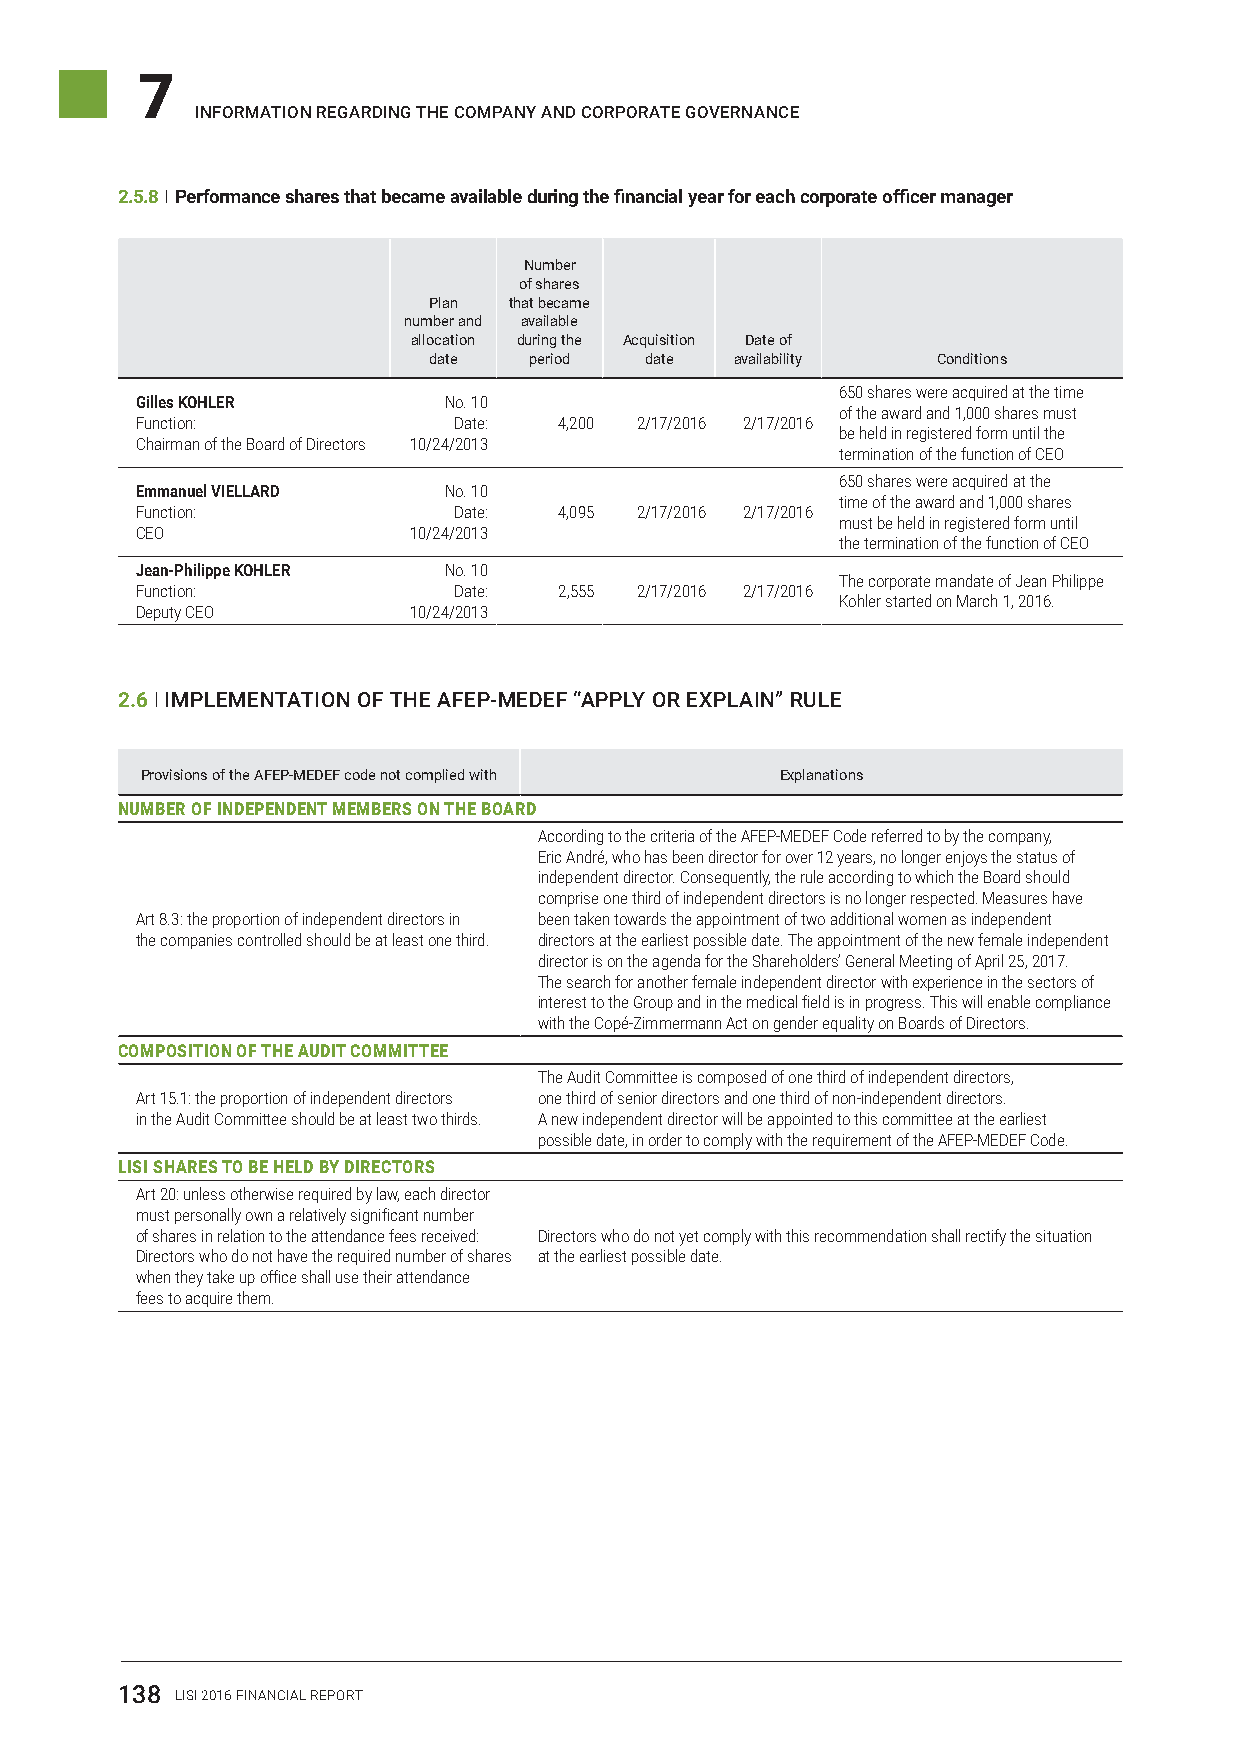
7
 InformatIon regardIng the company and corporate governance
 2.5.8 I Performance shares that became available during the financial year for each corporate officer manager
 Number
 of shares
 Plan  that became
 number and available
 allocation during the Acquisition Date of
 date   period  date  availability Conditions
 650 shares were acquired at the time
 Gilles KOHLER       No. 10
 of the award and 1,000 shares must
 Function:            Date:  4,200 2/17/2016 2/17/2016
 be held in registered form until the
 Chairman of the Board of Directors 10/24/2013
 termination of the function of CEO
 650 shares were acquired at the
 Emmanuel VIELLARD   No. 10
 time of the award and 1,000 shares
 Function:            Date:  4,095 2/17/2016 2/17/2016
 must be held in registered form until
 CEO               10/24/2013
 the termination of the function of CEO
 Jean-Philippe KOHLER No. 10
 The corporate mandate of Jean Philippe
 Function:            Date:  2,555 2/17/2016 2/17/2016
 Kohler started on March 1, 2016.
 Deputy CEO        10/24/2013
 2.6 I ImpLementatIon of the afep-medef “appLy or eXpLaIn” rULe
 Provisions of the AFEP-MEDEF code not complied with Explanations
 NUMBER OF INDEPENDENT MEMBERS ON THE BOARD
 According to the criteria of the AFEP-MEDEF Code referred to by the company,
 Eric André, who has been director for over 12 years, no longer enjoys the status of
 independent director. Consequently, the rule according to which the Board should
 comprise one third of independent directors is no longer respected. Measures have
 Art 8.3: the proportion of independent directors in been taken towards the appointment of two additional women as independent
 the companies controlled should be at least one third. directors at the earliest possible date. The appointment of the new female independent
 director is on the agenda for the Shareholders’ General Meeting of April 25, 2017.
 The search for another female independent director with experience in the sectors of
 interest to the Group and in the medical field is in progress. This will enable compliance
 with the Copé-Zimmermann Act on gender equality on Boards of Directors.
 COMPOSITION OF THE AUDIT COMMITTEE
 The Audit Committee is composed of one third of independent directors,
 Art 15.1: the proportion of independent directors one third of senior directors and one third of non-independent directors.
 in the Audit Committee should be at least two thirds. A new independent director will be appointed to this committee at the earliest
 possible date, in order to comply with the requirement of the AFEP-MEDEF Code.
 LISI SHARES TO BE HELD BY DIRECTORS
 Art 20: unless otherwise required by law, each director
 must personally own a relatively significant number
 of shares in relation to the attendance fees received: Directors who do not yet comply with this recommendation shall rectify the situation
 Directors who do not have the required number of shares at the earliest possible date.
 when they take up office shall use their attendance
 fees to acquire them.
 138 LISI 2016 FINANCIAL REPORT